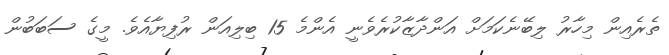
ތެރެއިން މިހާރު ލިބޭނެކަމަށް އަންދާޒާކުރެވެނީ އެންމެ 15 ބިލިއަން ރުފިޔާއެވެ. މީގެ ސަބަބުން